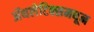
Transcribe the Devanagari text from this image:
ॲथलेटिक्समधून